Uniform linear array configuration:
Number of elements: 8
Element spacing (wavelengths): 0.25
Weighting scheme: blackman
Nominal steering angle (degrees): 60
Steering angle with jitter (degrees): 60.808
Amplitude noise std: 0.05
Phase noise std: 0.05

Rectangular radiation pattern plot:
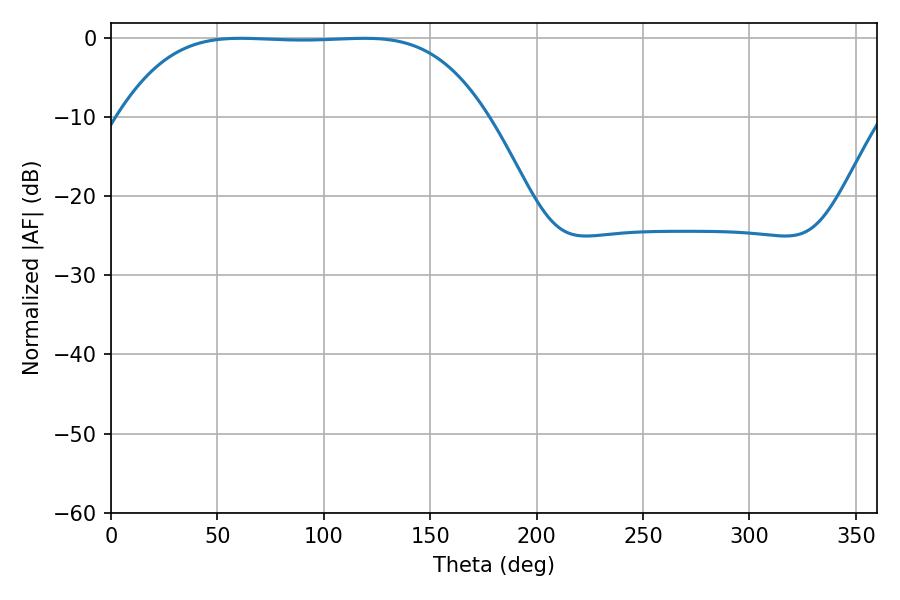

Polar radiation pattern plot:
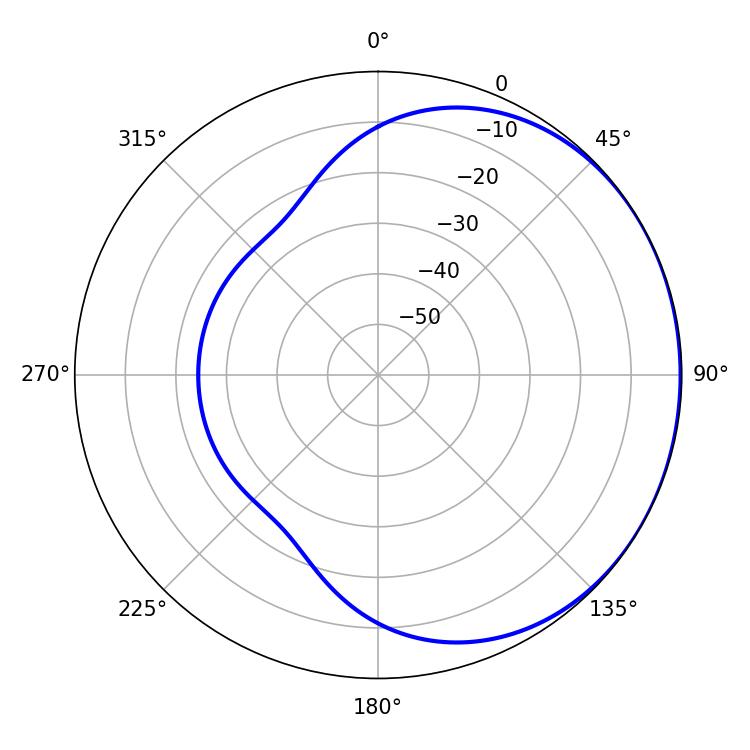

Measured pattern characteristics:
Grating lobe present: FALSE
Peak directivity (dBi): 0.6203
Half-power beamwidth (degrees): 131.76
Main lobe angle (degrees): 60.84